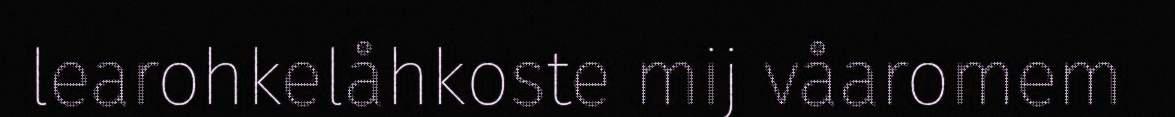
learohkelåhkoste mij våaromem